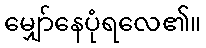
မျှော်နေပုံရလေ၏။